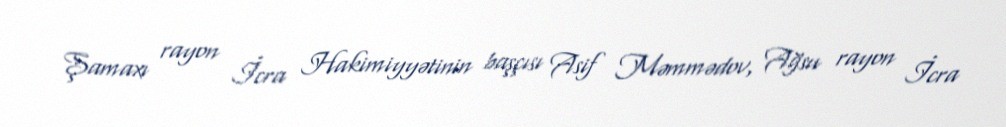
Şamaxı rayon İcra Hakimiyyətinin başçısı Asif Məmmədov, Ağsu rayon İcra